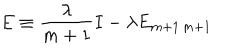
LaTeX: E \equiv \frac { \lambda } { m + 1 } I - \lambda E _ { m + 1 \, m + 1 }